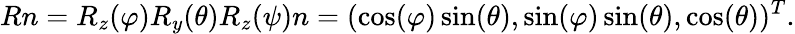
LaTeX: Rn=R_{z}(\varphi)R_{y}(\theta)R_{z}(\psi)n=(\cos(\varphi)\sin(\theta),\sin(\varphi)\sin(\theta),\cos(\theta))^{T}.